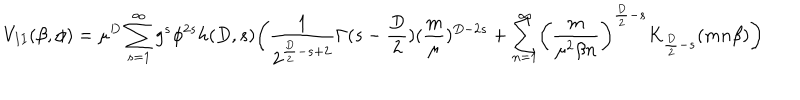
LaTeX: V _ { I I } ( \beta , \phi ) = \mu ^ { D } \sum _ { s = 1 } ^ { \infty } g ^ { s } \phi ^ { 2 s } h ( D , s ) \biggl ( \frac { 1 } { 2 ^ { \frac { D } { 2 } - s + 2 } } \Gamma ( s - \frac { D } { 2 } ) ( \frac { m } { \mu } ) ^ { D - 2 s } + \sum _ { n = 1 } ^ { \infty } \biggl ( \frac { m } { \mu ^ { 2 } \beta n } \biggr ) ^ { \frac { D } { 2 } - s } K _ { \frac { D } { 2 } - s } ( m n \beta ) \biggr )